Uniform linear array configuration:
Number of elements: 12
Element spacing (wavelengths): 0.75
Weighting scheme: exponential
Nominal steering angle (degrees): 60
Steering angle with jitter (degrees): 58.6
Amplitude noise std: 0.05
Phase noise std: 0.05

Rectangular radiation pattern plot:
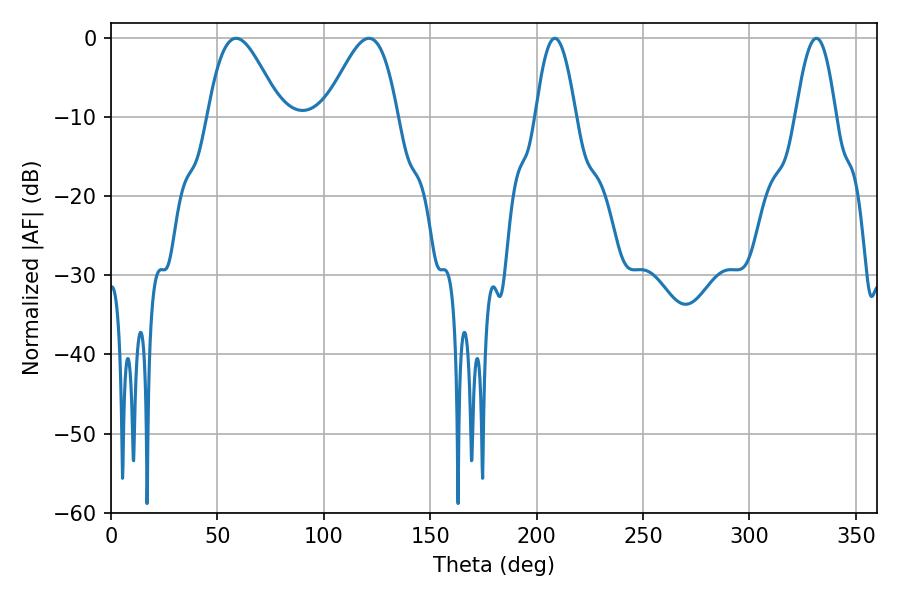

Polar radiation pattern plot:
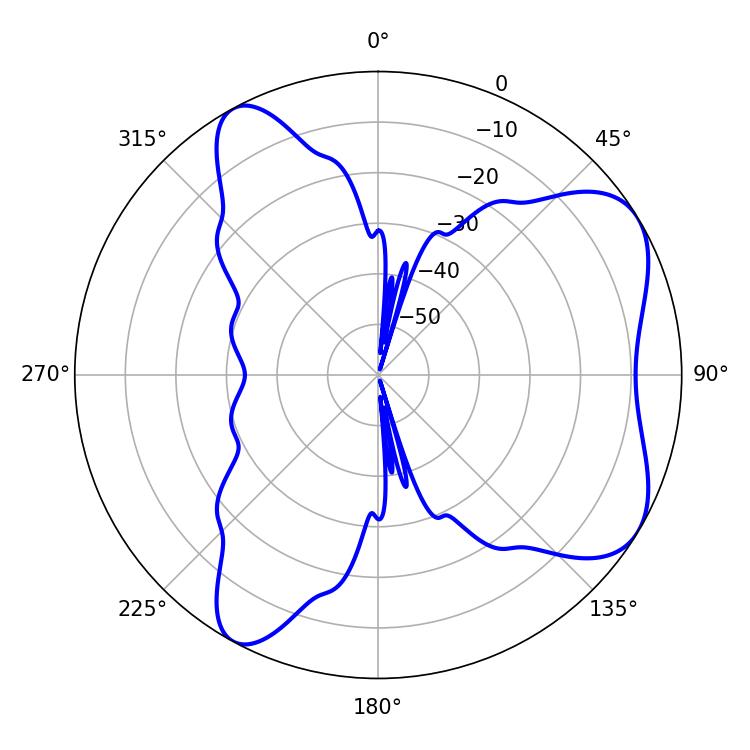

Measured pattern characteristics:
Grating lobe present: TRUE
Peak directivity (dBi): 6.431
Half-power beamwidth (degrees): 18.18
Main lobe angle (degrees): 121.14